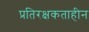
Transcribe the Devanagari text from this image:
प्रतिरक्षकताहीन